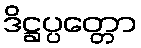
ဒိဋ္ဌပ္ပတ္တော